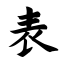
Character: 表